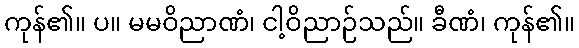
ကုန်၏။ ပ။ မမဝိညာဏံ၊ ငါ့ဝိညာဉ်သည်။ ခီဏံ၊ ကုန်၏။